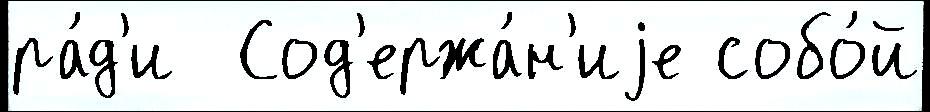
ра́д'и  Сод'ержа́н'иjе собо́й